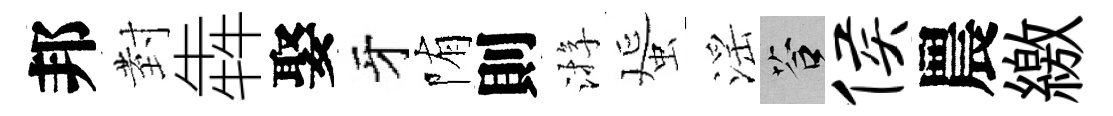
邦𭔹犇娶牙陏則㳺蜑滛答侯農繳